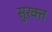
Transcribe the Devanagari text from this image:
सुरक्त